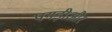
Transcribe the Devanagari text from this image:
पगड़ीऔर